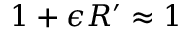
1 + \epsilon R ^ { \prime } \approx 1